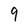
Character: 9